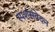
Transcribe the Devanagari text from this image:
स्पर्शसंवेदन